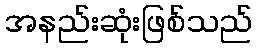
အနည်းဆုံးဖြစ်သည်